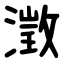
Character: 澂